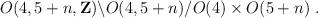
LaTeX: \begin{align*}O(4,5+n,{\bf Z})\backslash O(4,5+n)/O(4) \times O(5 +n)\ .\end{align*}